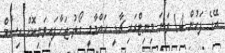
އޭގެ ފަހުން 14 ވަނަ މިނިޓްގައި ޗާޑީ ހައްމާމީ ގޯލު ޖަހާފައިވަނިކޮށް އިސާމް